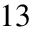
1 3